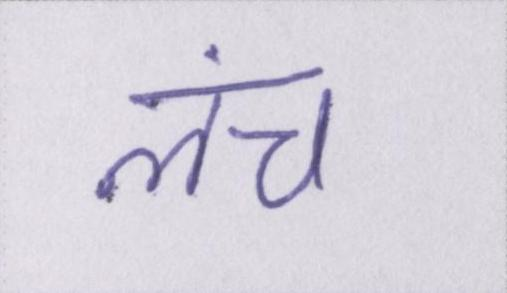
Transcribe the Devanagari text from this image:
लंच